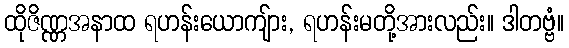
ထိုဇိဏ္ဏအနာထ ရဟန်းယောကျ်ား, ရဟန်းမတို့အားလည်း။ ဒါတဗ္ဗံ။